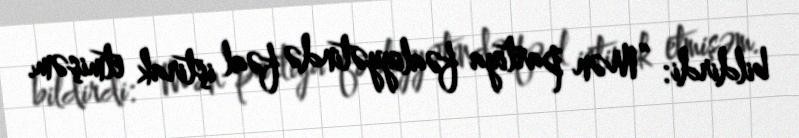
bildirdi: “Mən partiya fəaliyyətində fəal iştirak etmişəm.